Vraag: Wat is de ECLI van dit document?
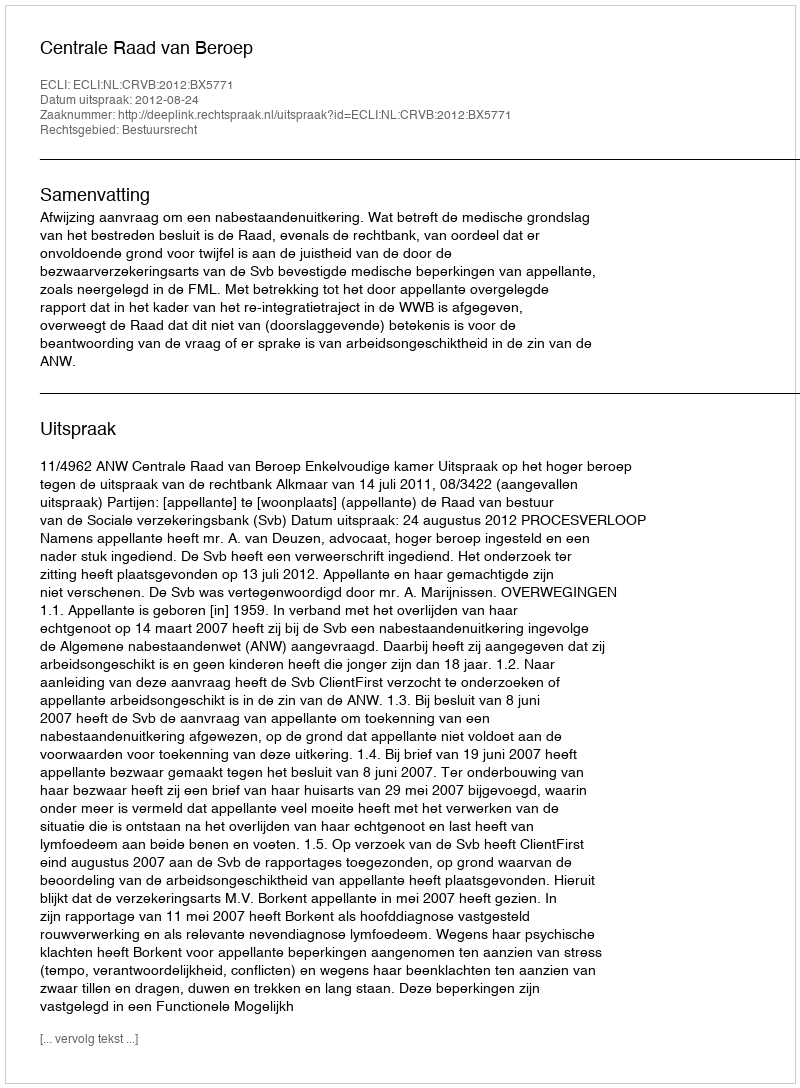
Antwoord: ECLI:NL:CRVB:2012:BX5771